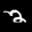
Label: 2